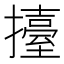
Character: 擡